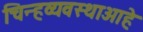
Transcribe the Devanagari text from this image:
चिन्हव्यवस्थाआहे